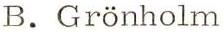
B. Grönholm